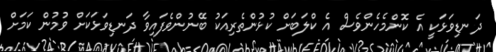
ދަނޑިވަޅަކީ އެ ކޮންމެހެންވެސް އެ ކްލަބަށް ކުޅުންތެރިއަކު ބޭނުންވެފައިވާ ދަނޑިވަޅަކަށް ވުމުން ކަމަށް